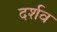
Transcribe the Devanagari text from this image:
दर्शव